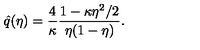
\hat { q } ( \eta ) = \frac 4 { \kappa } \frac { 1 - \kappa \eta ^ { 2 } / 2 } { \eta ( 1 - \eta ) } .